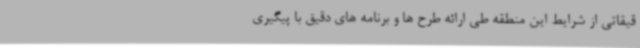
قیقاتی از شرایط این منطقه طی ارائه طرح ها و برنامه های دقیق با پیگیری